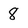
Character: 8